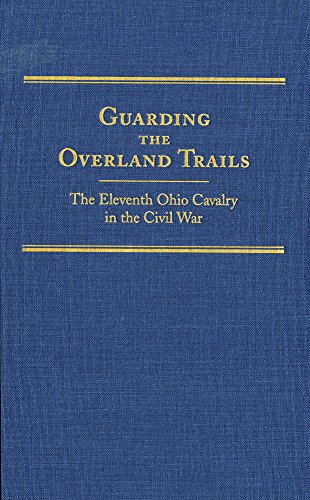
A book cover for Guarding the Overland Trails: The Eleventh Ohio Cavalry in the Civil War (Frontier Military Series); Robert Huhn Jones; History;